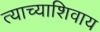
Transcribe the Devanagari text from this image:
त्याच्याशिवाय